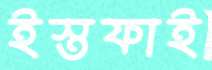
ইস্তফাই